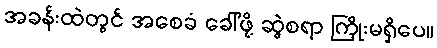
အခန်းထဲတွင် အစေခံ ခေါ်ဖို့ ဆွဲစရာ ကြိုးမရှိပေ။